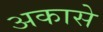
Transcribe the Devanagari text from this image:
अकासे